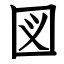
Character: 図